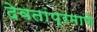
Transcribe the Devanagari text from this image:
देवतांप्रमाणे